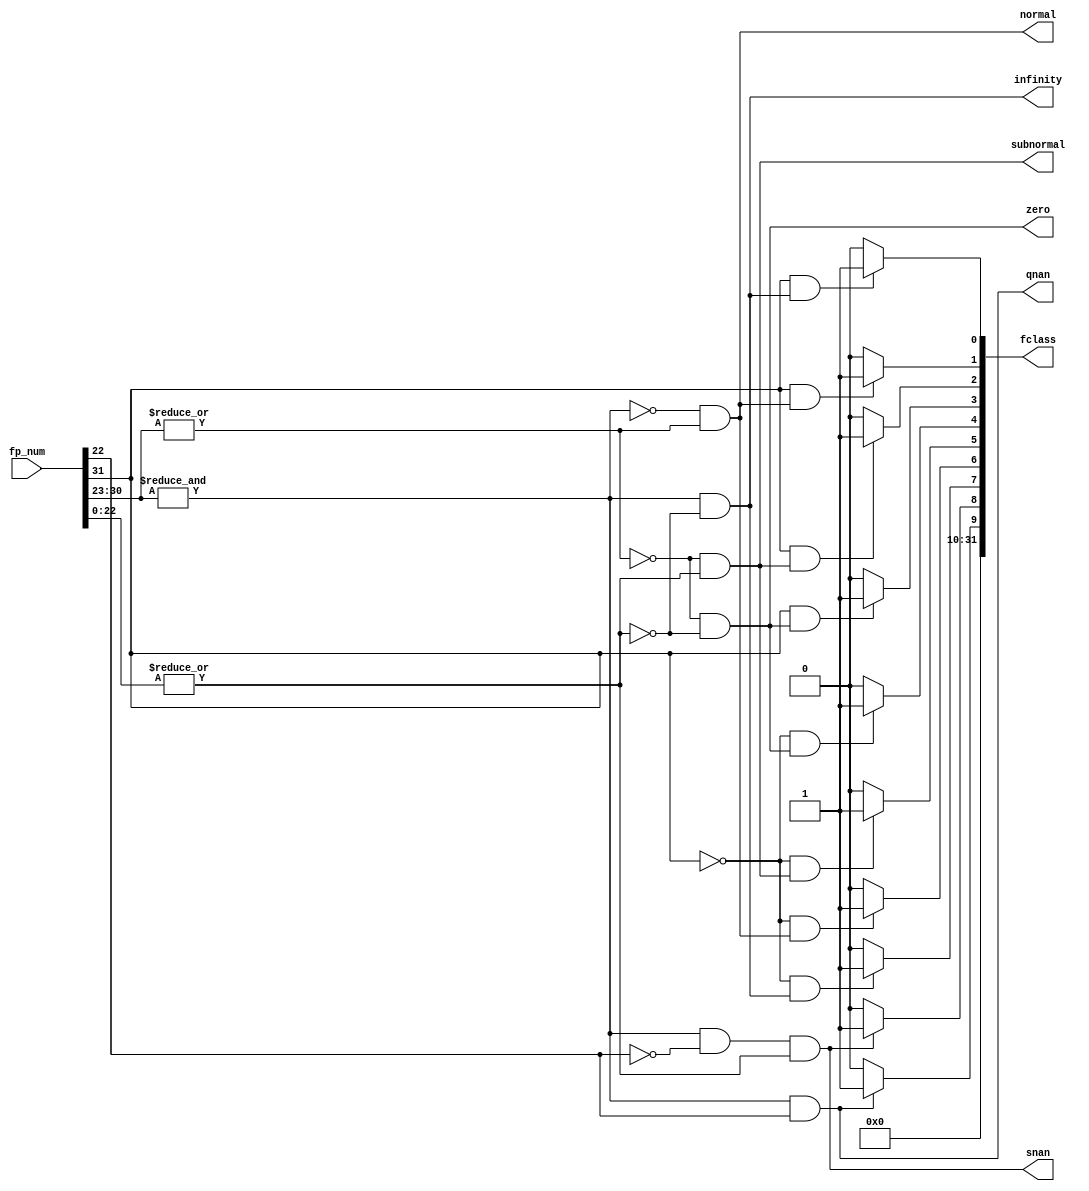
//Identify value type of floating point number
module fp_class (input [31:0] fp_num, output snan, qnan, infinity, zero, subnormal, normal,output [31:0] fclass);

  wire sign,expOnes, expZeroes, manZeroes;
  assign sign      =   fp_num[31];
  assign expOnes   =  &fp_num[30:23];
  assign expZeroes = ~|fp_num[30:23];
  assign manZeroes = ~|fp_num[22:0];

  assign snan      =  expOnes   & ~fp_num[22] & ~manZeroes;
  assign qnan      =  expOnes   &  fp_num[22];
  assign infinity  =  expOnes   &  manZeroes;
  assign zero      =  expZeroes &  manZeroes;
  assign subnormal =  expZeroes & ~manZeroes;
  assign normal    = ~expOnes   & ~expZeroes;
////////////////////////////////////////////////
// RD BIT | MEANING
//--------|-------------------------------------
//    0   | rs1 is negative infinity
//    1   | rs1 is a negative normal number
//    2   | rs1 is a negative subnormal number
//    3   | rs1 is negative zero
//    4   | rs1 is positive zero
//    5   | rs1 is a positive subnormal number
//    6   | rs1 is a positive normal number
//    7   | rs1 is positive infinity
//    8   | rs1 is a signaling NaN
//    9   | rs1 is a quite NaN

assign fclass[0] = (sign && infinity)   ? 1'b1 : 1'b0;
assign fclass[1] = (sign && normal)     ? 1'b1 : 1'b0;
assign fclass[2] = (sign && subnormal)  ? 1'b1 : 1'b0;
assign fclass[3] = (sign && zero)       ? 1'b1 : 1'b0;
assign fclass[4] = (!sign && zero)      ? 1'b1 : 1'b0;
assign fclass[5] = (!sign && subnormal) ? 1'b1 : 1'b0;
assign fclass[6] = (!sign && normal)    ? 1'b1 : 1'b0;
assign fclass[7] = (!sign && infinity)  ? 1'b1 : 1'b0;
assign fclass[8] = (snan)               ? 1'b1 : 1'b0;
assign fclass[9] = (qnan)               ? 1'b1 : 1'b0;
assign fclass[31:10] = 22'd0;

endmodule